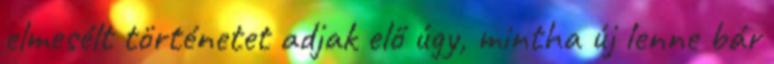
elmesélt történetet adjak elő úgy, mintha új lenne bár